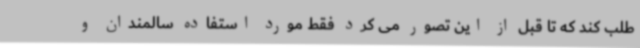
طلب کند که تا قبل از این تصور می کرد فقط مورد استفاده سالمندان و